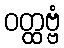
ဝတ္ထဗ္ဗံ